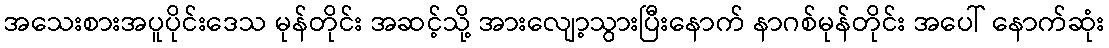
အသေးစားအပူပိုင်းဒေသ မုန်တိုင်း အဆင့်သို့ အားလျော့သွားပြီးနောက် နာဂစ်မုန်တိုင်း အပေါ် နောက်ဆုံး